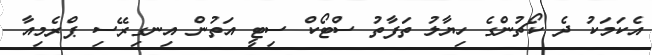
އެކަމަކު ދެ ކޯޗުންގެ ހިޔާލު ތަފާތު ސްޓޯކް ސިޓީ އަތުން އިނގިރޭސި ޕްރެމިއާ